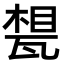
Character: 𤭪